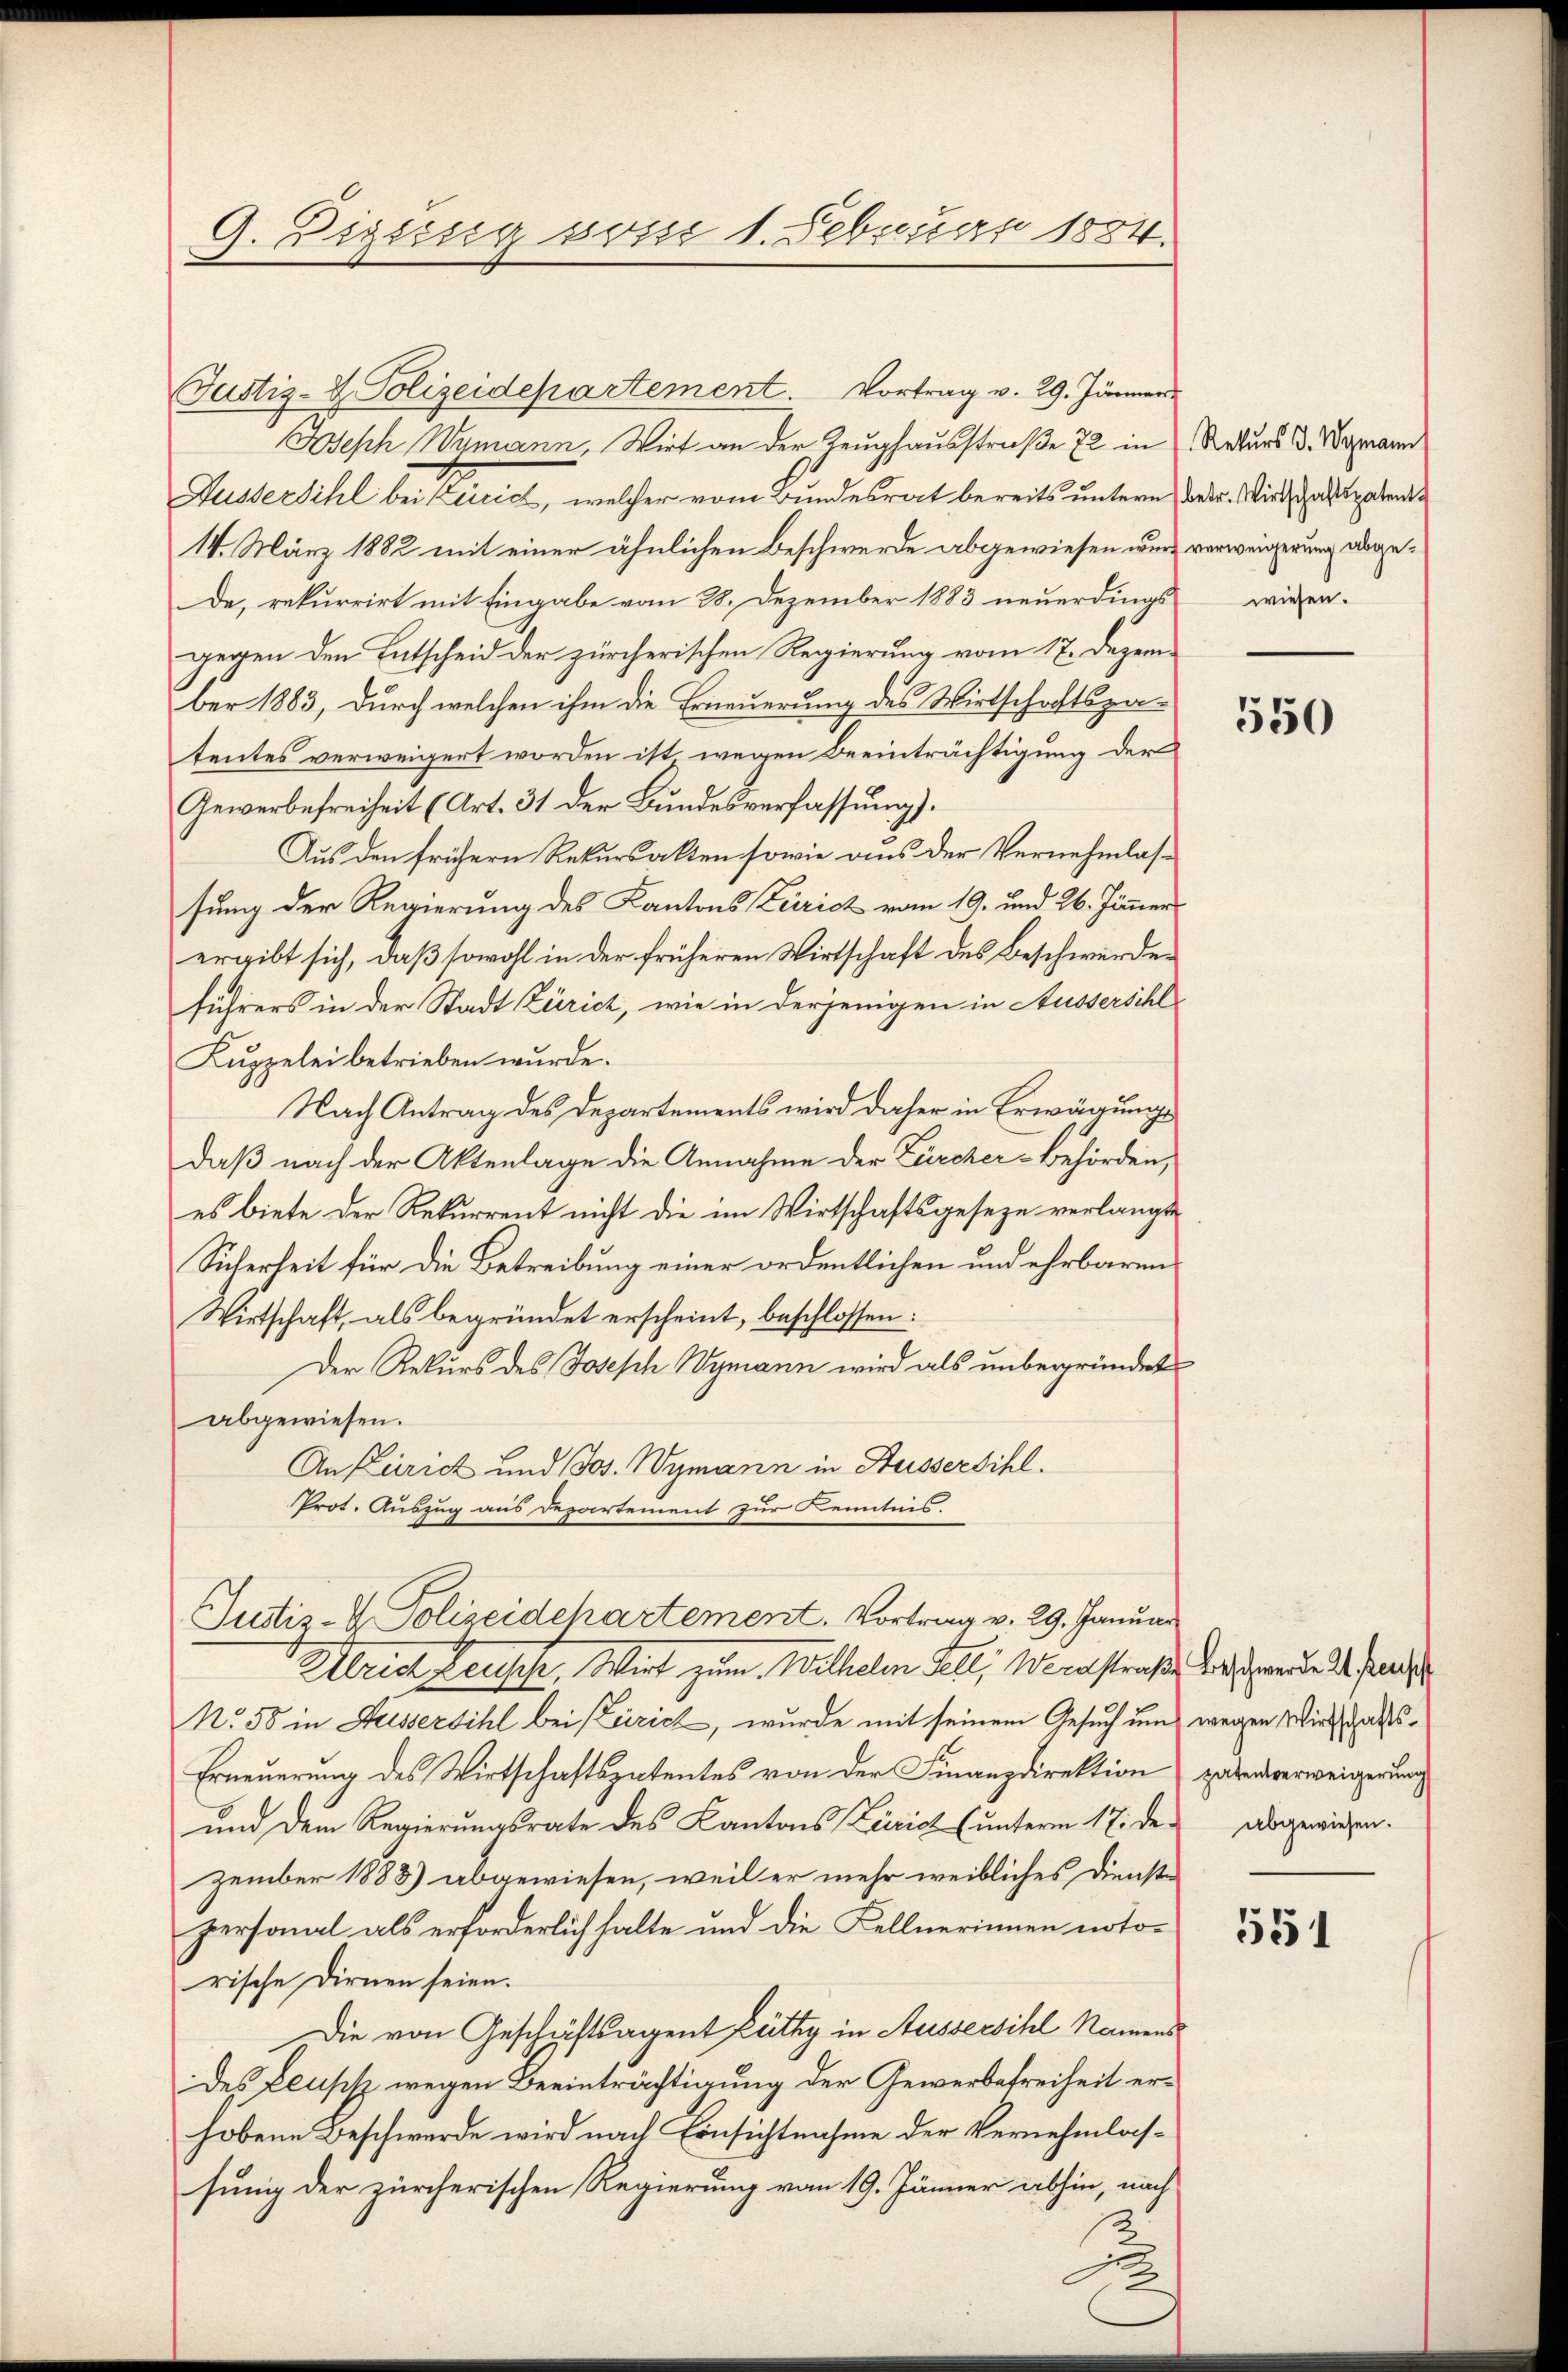
9. Digung vom 1. Februar 1884.

Justiz- & Polizeidepartement. Vortrag v. 29. Jänner
Joseph Wemann, Wirt an der Zeughausstraße 72 in Naturs B. Wegmann
Aussersihl bei Bericht, welcher vom Bundesrat bereits untern das er. Wird ad patent
14. März 1882 mit einer ähnlichen Beschwerde abgewiesen wurd verweigerung abge¬
De, rekurrirt mit Eingabe vom 28. Dezember 1883 neuerdings
gegen den Entscheid der zürcherischen Regierung vom 17. Dezember 1883, durch welchen ihm die Erneuerung des Wirtschaftspatentes verweigert worden ist wegen Beeinträchtigung der
Gewerbefreiheit (Art. 31 der Bundesverfassung).
Aus den frühern Rekursakten sowie aus der Vernehmlas-
sung der Regierung des Kantons Zürich vom 19. und 26. Jänner
ergibt sich, daß sowohl in der früheren Wirtschaft des Beschwerden
führers in der Stadt Zürich, wie in derjenigen in Ausserschl
Kuppelei betrieben wurde.
Nach Antrag des Departements wird daher in Erwägungs
daß nach der Aktenlage die Annahme der Zürcher-Behörden,
es biete der Rekurrent nicht die im Wirtschaftsgeseze verlangte
Sicherheit für die Betreibung einer ordentlichen und ehrbaren
Wirtschaft, als begründet erscheint, beschlossen:
Der Rekurs des Joseph Wymann wird als unbegründet
abgewiesen.
An Zürich und Jos. Wymann in Aussersihl.
Prot. Auszug aus Departement zur Kenntnis.
Justiz-V. Polizeidchartement. Vortrag v. 29. Januar
Ulrich Leusche, Wirt zum Wilhelm Fell, Wardstraße dass werde de fande
No 50 in Fussersihl bei Zürich, wurde mit seinem Gesuch um wegen Wirtschafts¬
Erneuerung des Wirtschaftspatentes von der Finanzdirektion zalenverweigerung
und dem Regierungsrate des Kantons Zürich (unterm 17. den abgewiesen.
zember 1888) abgewiesen, weil er mehr weibliches Dienstpersonal als erforderlich halte und die Kellnerinnen noto-
rische Dirnen seien.
Die von Geschäftsagent Lüthy in Aussersihl Namens
des Eleusisz wegen Beeinträchtigung der Gewerbefreiheit erhobene Beschwerde wird nach Einsichtnahme der Vernehmlassung der zürcherischen Regierung vom 19. Jänner abhin, nach

wiesen.

550

551